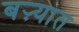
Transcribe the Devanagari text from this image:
बऱ्यात